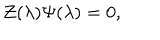
{ \cal Z } ( \lambda ) \Psi ( \lambda ) = 0 ,